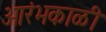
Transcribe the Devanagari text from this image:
आरंभकाळी